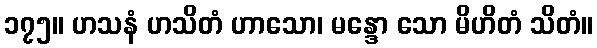
၁၇၅။ ဟသနံ ဟသိတံ ဟာသော၊ မန္ဒော သော မိဟိတံ သိတံ။